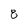
Character: 8